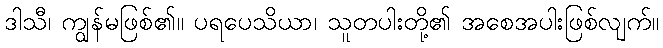
ဒါသီ၊ ကျွန်မဖြစ်၏။ ပရပေသိယာ၊ သူတပါးတို့၏ အစေအပါးဖြစ်လျက်။